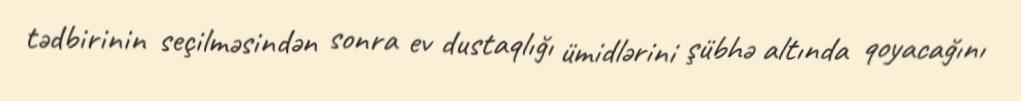
tədbirinin seçilməsindən sonra ev dustaqlığı ümidlərini şübhə altında qoyacağını